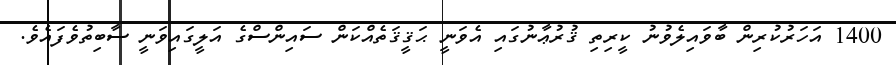
1400 އަހަރުކުރިން ބާވައިލެވުނު ކީރިތި ޤުރުޢާނުގައި އެވަނީ ޙަޤީޤަތެއްކަން ސައިންސްގެ އަލީގައިވަނީ ސާބިތުވެފައެވެ.